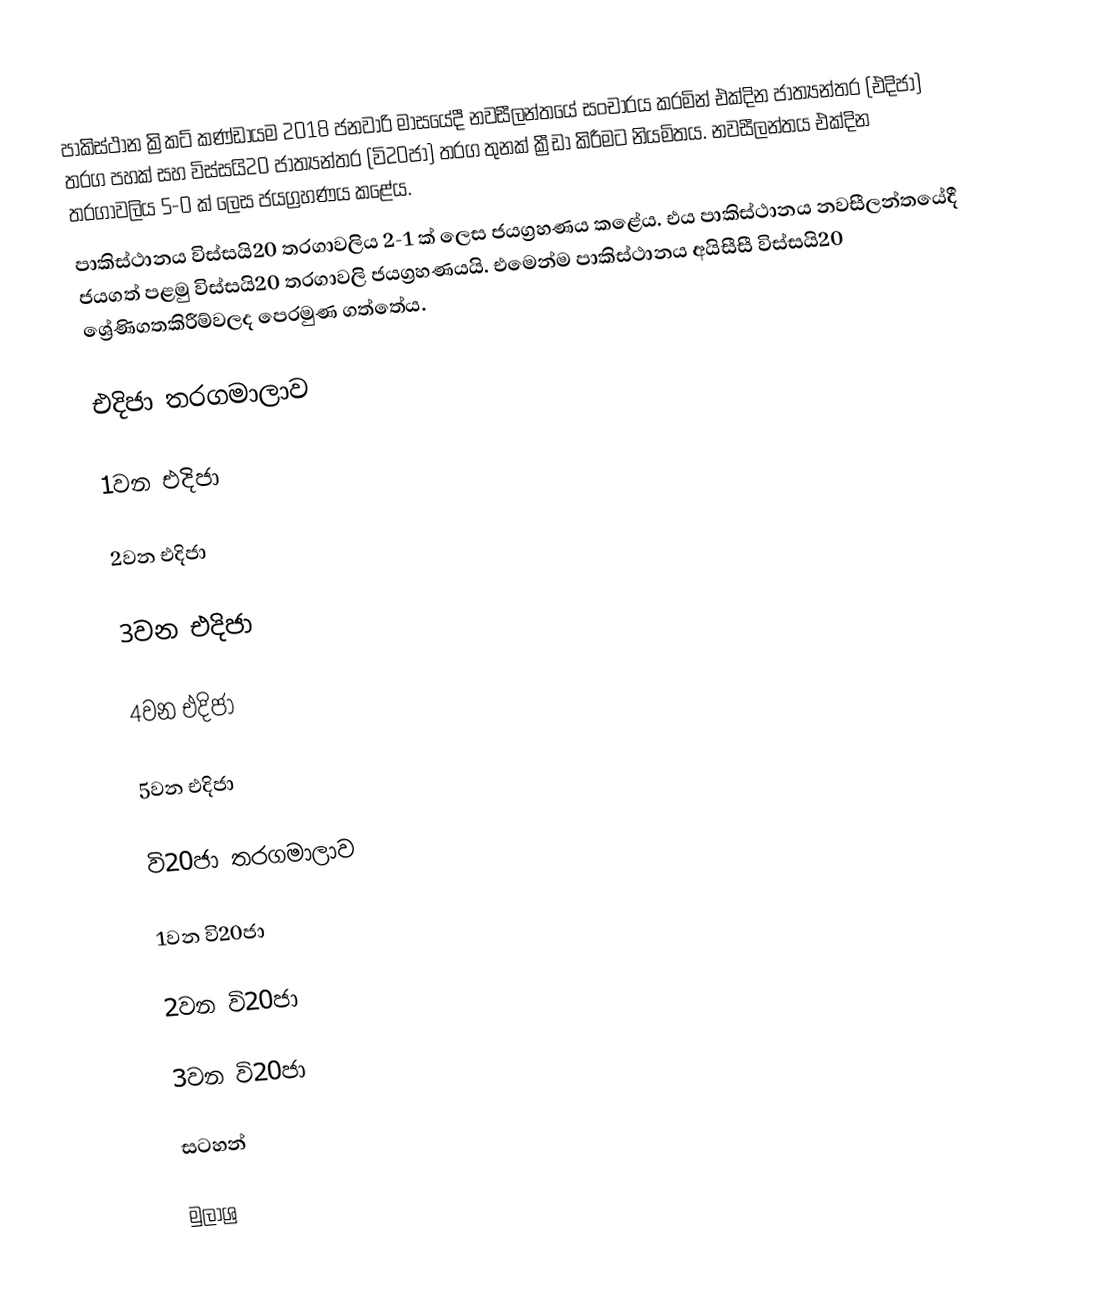
පාකිස්ථාන ක්‍රිකට් කණ්ඩායම 2018 ජනවාරි මාසයේදී නවසීලන්තයේ සංචාරය කරමින් එක්දින ජාත්‍යන්තර (එදිජා) තරග පහක් සහ විස්සයි20 ජාත්‍යන්තර (වි20ජා) තරග තුනක් ක්‍රීඩා කිරීමට නියමිතය. නවසීලන්තය එක්දින තරගාවලිය 5-0 ක් ලෙස ජයග්‍රහණය කළේය.
පාකිස්ථානය විස්සයි20 තරගාවලිය 2-1 ක් ලෙස ජයග්‍රහණය කළේය. එය පාකිස්ථානය නවසීලන්තයේදී ජයගත් පළමු විස්සයි20 තරගාවලි ජයග්‍රහණයයි. එමෙන්ම පාකිස්ථානය අයිසීසී විස්සයි20 ශ්‍රේණිගතකිරීම්වලද පෙරමුණ ගත්තේය.

එදිජා තරගමාලාව

1වන එදිජා

2වන එදිජා

3වන එදිජා

4වන එදිජා

5වන එදිජා

වි20ජා තරගමාලාව

1වන වි20ජා

2වන වි20ජා

3වන වි20ජා

සටහන්

මුලාශ්‍ර